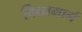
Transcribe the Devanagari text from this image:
विद्यामार्ग